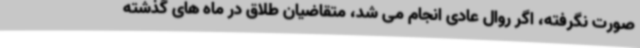
صورت نگرفته، اگر روال عادی انجام می شد، متقاضیان طلاق در ماه های گذشته